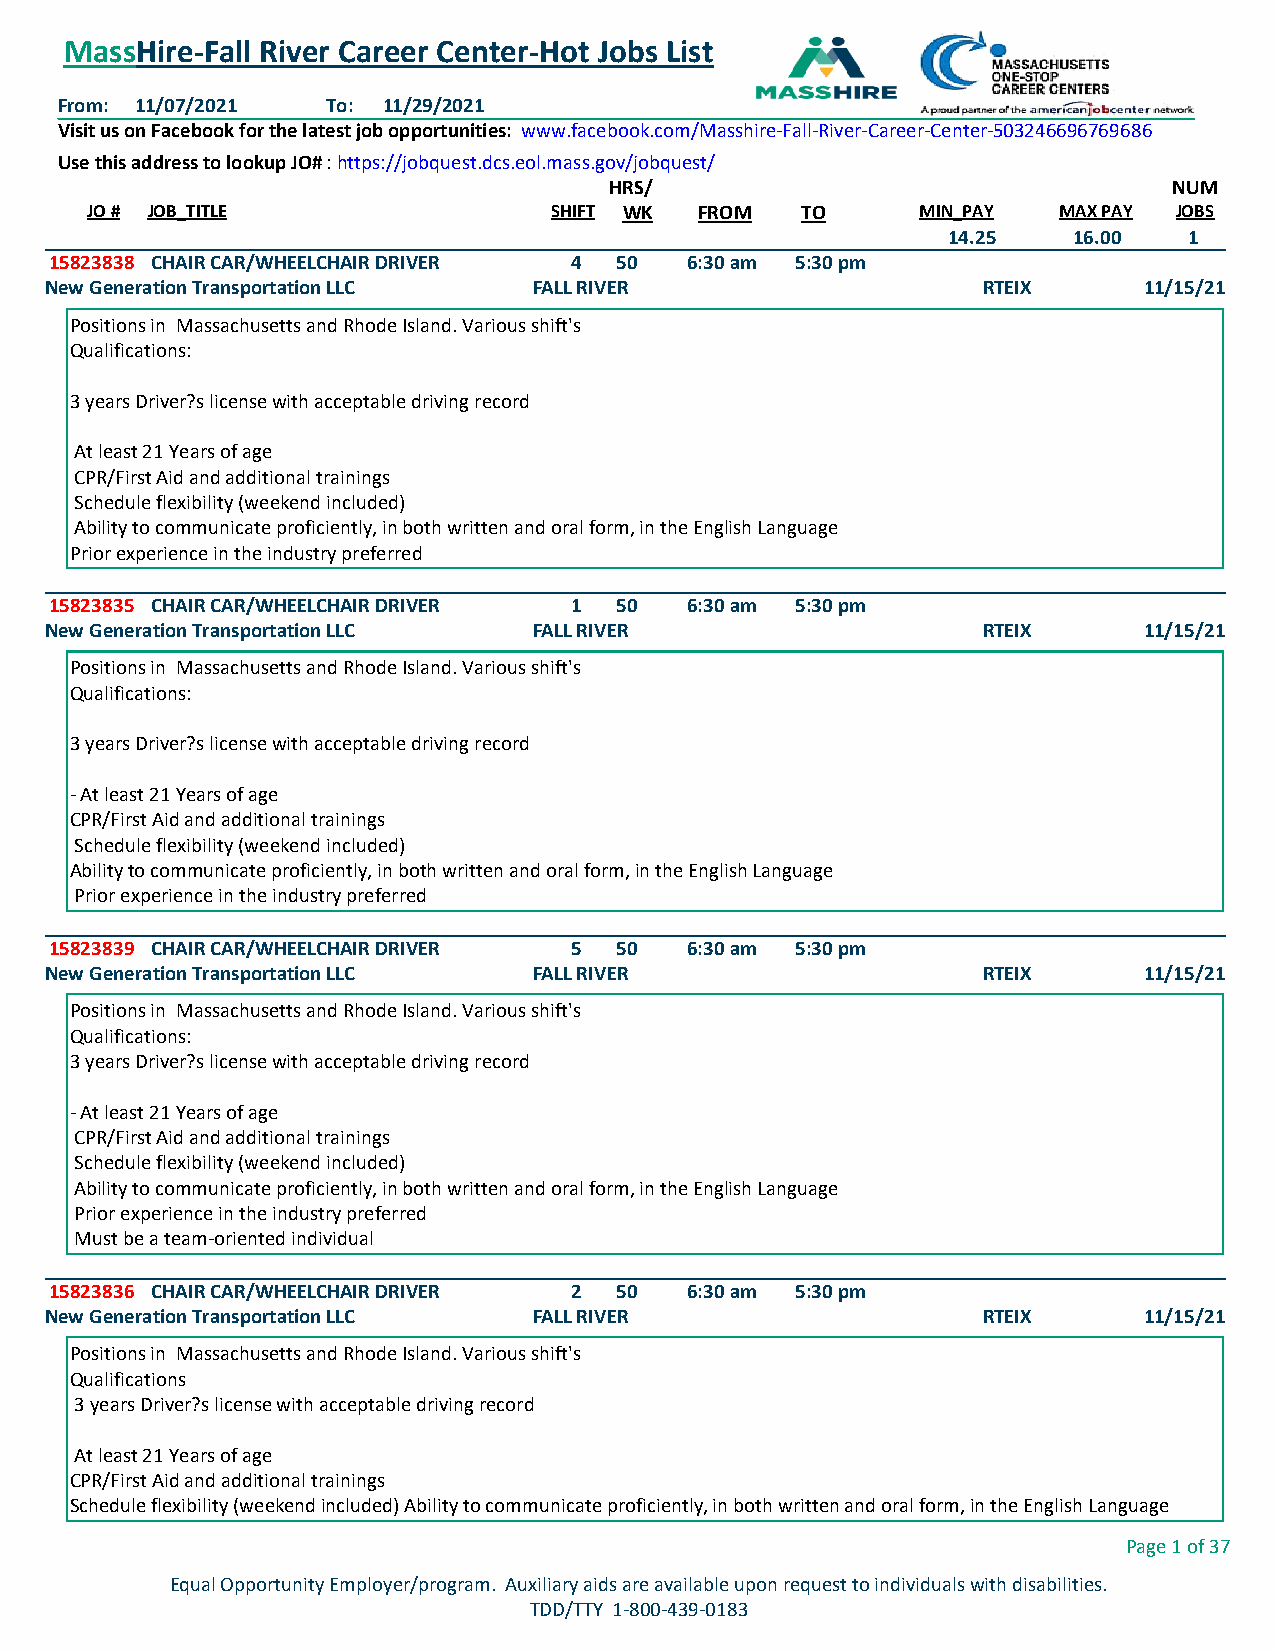
MassHire-Fall River Career Center-Hot Jobs List
 From: 11/07/2021  To: 11/29/2021
 Visit us on Facebook for the latest job opportunities: www.facebook.com/Masshire-Fall-River-Career-Center-503246696769686
 Use this address to lookup JO# : https://jobquest.dcs.eol.mass.gov/jobquest/
 HRS/                                  NUM
 JO # JOB_TITLE                 SHIFT WK FROM   TO      MIN_PAY  MAX PAY JOBS
 14.25   16.00   1
 15823838 CHAIR CAR/WHEELCHAIR DRIVER 4 50  6:30 am 5:30 pm
 New Generation Transportation LLC FALL RIVER                  RTEIX      11/15/21
 Positions in Massachusetts and Rhode Island. Various shift's
 Qualifications:
 3 years Driver?s license with acceptable driving record
 At least 21 Years of age
 CPR/First Aid and additional trainings
 Schedule flexibility (weekend included)
 Ability to communicate proficiently, in both written and oral form, in the English Language
 Prior experience in the industry preferred
 15823835 CHAIR CAR/WHEELCHAIR DRIVER 1 50  6:30 am 5:30 pm
 New Generation Transportation LLC FALL RIVER                  RTEIX      11/15/21
 Positions in Massachusetts and Rhode Island. Various shift's
 Qualifications:
 3 years Driver?s license with acceptable driving record
 - At least 21 Years of age
 CPR/First Aid and additional trainings
 Schedule flexibility (weekend included)
 Ability to communicate proficiently, in both written and oral form, in the English Language
 Prior experience in the industry preferred
 15823839 CHAIR CAR/WHEELCHAIR DRIVER 5 50  6:30 am 5:30 pm
 New Generation Transportation LLC FALL RIVER                  RTEIX      11/15/21
 Positions in Massachusetts and Rhode Island. Various shift's
 Qualifications:
 3 years Driver?s license with acceptable driving record
 - At least 21 Years of age
 CPR/First Aid and additional trainings
 Schedule flexibility (weekend included)
 Ability to communicate proficiently, in both written and oral form, in the English Language
 Prior experience in the industry preferred
 Must be a team-oriented individual
 15823836 CHAIR CAR/WHEELCHAIR DRIVER 2 50  6:30 am 5:30 pm
 New Generation Transportation LLC FALL RIVER                  RTEIX      11/15/21
 Positions in Massachusetts and Rhode Island. Various shift's
 Qualifications
 3 years Driver?s license with acceptable driving record
 At least 21 Years of age
 CPR/First Aid and additional trainings
 Schedule flexibility (weekend included) Ability to communicate proficiently, in both written and oral form, in the English Language
 Page 1 of 37
 Equal Opportunity Employer/program. Auxiliary aids are available upon request to individuals with disabilities.
 TDD/TTY 1-800-439-0183